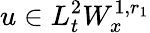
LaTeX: u\in L_{t}^{2}W_{x}^{1,r_{1}}